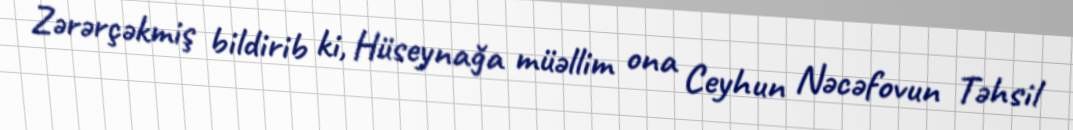
Zərərçəkmiş bildirib ki, Hüseynağa müəllim ona Ceyhun Nəcəfovun Təhsil